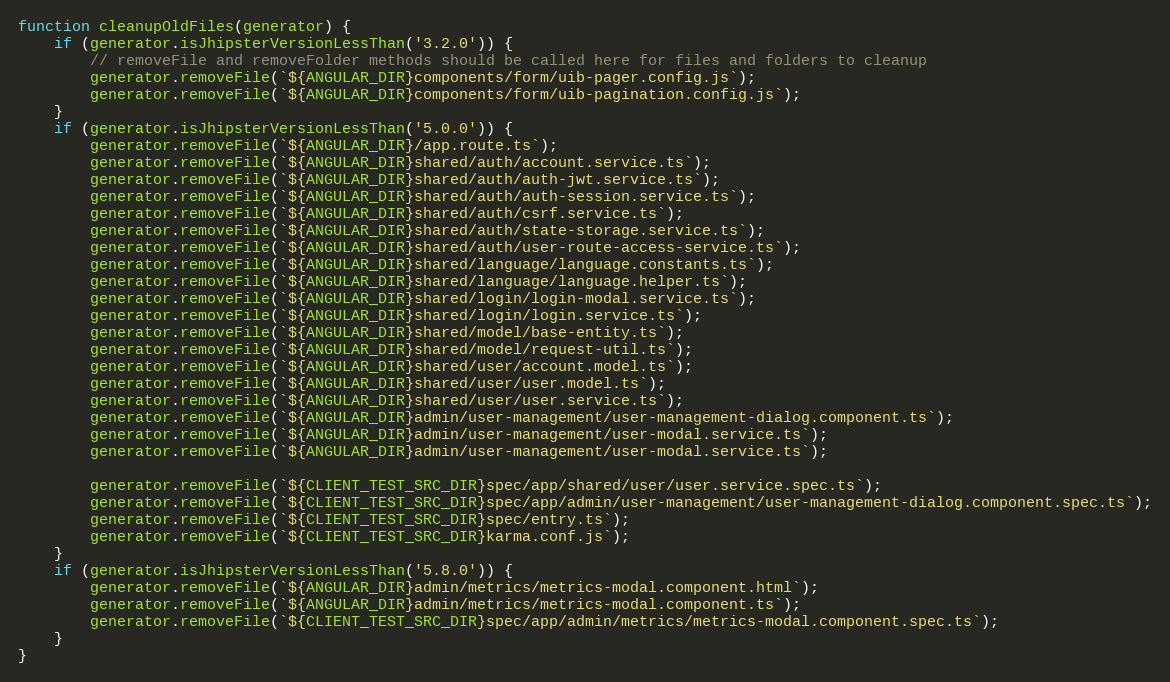
Language: JavaScript
function cleanupOldFiles(generator) {
    if (generator.isJhipsterVersionLessThan('3.2.0')) {
        // removeFile and removeFolder methods should be called here for files and folders to cleanup
        generator.removeFile(`${ANGULAR_DIR}components/form/uib-pager.config.js`);
        generator.removeFile(`${ANGULAR_DIR}components/form/uib-pagination.config.js`);
    }
    if (generator.isJhipsterVersionLessThan('5.0.0')) {
        generator.removeFile(`${ANGULAR_DIR}/app.route.ts`);
        generator.removeFile(`${ANGULAR_DIR}shared/auth/account.service.ts`);
        generator.removeFile(`${ANGULAR_DIR}shared/auth/auth-jwt.service.ts`);
        generator.removeFile(`${ANGULAR_DIR}shared/auth/auth-session.service.ts`);
        generator.removeFile(`${ANGULAR_DIR}shared/auth/csrf.service.ts`);
        generator.removeFile(`${ANGULAR_DIR}shared/auth/state-storage.service.ts`);
        generator.removeFile(`${ANGULAR_DIR}shared/auth/user-route-access-service.ts`);
        generator.removeFile(`${ANGULAR_DIR}shared/language/language.constants.ts`);
        generator.removeFile(`${ANGULAR_DIR}shared/language/language.helper.ts`);
        generator.removeFile(`${ANGULAR_DIR}shared/login/login-modal.service.ts`);
        generator.removeFile(`${ANGULAR_DIR}shared/login/login.service.ts`);
        generator.removeFile(`${ANGULAR_DIR}shared/model/base-entity.ts`);
        generator.removeFile(`${ANGULAR_DIR}shared/model/request-util.ts`);
        generator.removeFile(`${ANGULAR_DIR}shared/user/account.model.ts`);
        generator.removeFile(`${ANGULAR_DIR}shared/user/user.model.ts`);
        generator.removeFile(`${ANGULAR_DIR}shared/user/user.service.ts`);
        generator.removeFile(`${ANGULAR_DIR}admin/user-management/user-management-dialog.component.ts`);
        generator.removeFile(`${ANGULAR_DIR}admin/user-management/user-modal.service.ts`);
        generator.removeFile(`${ANGULAR_DIR}admin/user-management/user-modal.service.ts`);

        generator.removeFile(`${CLIENT_TEST_SRC_DIR}spec/app/shared/user/user.service.spec.ts`);
        generator.removeFile(`${CLIENT_TEST_SRC_DIR}spec/app/admin/user-management/user-management-dialog.component.spec.ts`);
        generator.removeFile(`${CLIENT_TEST_SRC_DIR}spec/entry.ts`);
        generator.removeFile(`${CLIENT_TEST_SRC_DIR}karma.conf.js`);
    }
    if (generator.isJhipsterVersionLessThan('5.8.0')) {
        generator.removeFile(`${ANGULAR_DIR}admin/metrics/metrics-modal.component.html`);
        generator.removeFile(`${ANGULAR_DIR}admin/metrics/metrics-modal.component.ts`);
        generator.removeFile(`${CLIENT_TEST_SRC_DIR}spec/app/admin/metrics/metrics-modal.component.spec.ts`);
    }
}